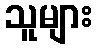
သူများ